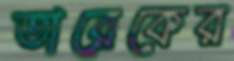
তারেকের